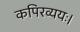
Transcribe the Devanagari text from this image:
कपिरव्ययः।